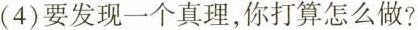
(4)要发现一个真理，你打算怎么做?